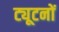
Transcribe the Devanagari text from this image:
ट्यूटनों